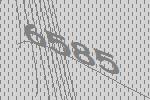
6585